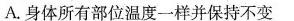
A.身体所有部位温度一样并保持不变